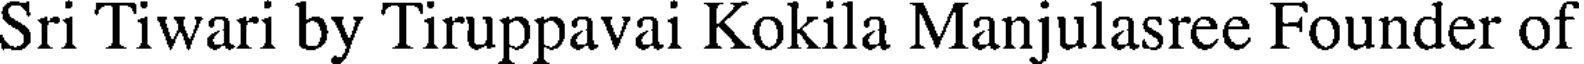
Sri Tiwari by Tiruppavai Kokila Manjulasree Founder of